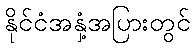
နိုင်ငံအနှံ့အပြားတွင်